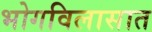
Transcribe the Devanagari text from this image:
भोगविलासात